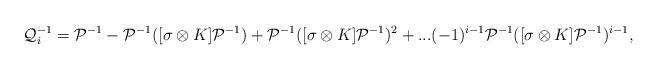
LaTeX: \begin{align*}\mathcal{Q}_i^{-1} = \mathcal{P}^{-1} - \mathcal{P}^{-1}([\sigma \otimes K] \mathcal{P}^{-1}) + \mathcal{P}^{-1}([\sigma \otimes K]\mathcal{P}^{-1})^2 + ... (-1)^{i-1} \mathcal{P}^{-1}([\sigma \otimes K] \mathcal{P}^{-1})^{i-1},\end{align*}